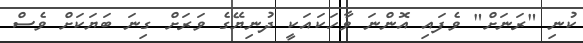
ކުނި "ރަނަށް" ވެފައި އޮންނަ ވާހަކައަކީ ދުނިޔޭގެ ވަރަށް ގިނަ ބަޔަކަށް ވެސް